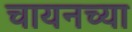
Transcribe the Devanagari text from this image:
चायनच्या